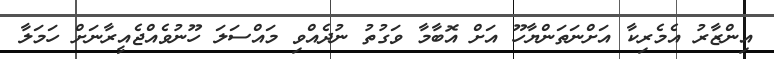
އިންޒާރު އެމެރިކާ އަށްނަތަންޔާހޫ އަށް އޮބާމާ ވަގުތު ނުދެއްވި މައްސަލަ ހޫނުވެއްޖެއީރާނަށް ހަމަލާ